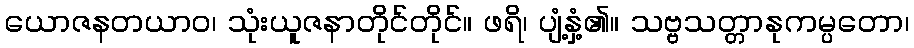
ယောဇနတယာဝ၊ သုံးယူဇနာတိုင်တိုင်။ ဖရိ၊ ပျံ့နှံ့၏။ သဗ္ဗသတ္တာနုကမ္ပတော၊